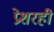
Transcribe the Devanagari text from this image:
प्रेशरही